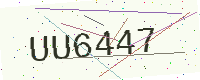
Text: UU6447